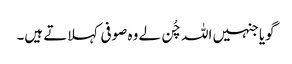
گویا جنہیں اللہ چُن لے وہ صوفی کہلاتے ہیں۔